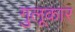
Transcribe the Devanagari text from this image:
गुलूकार